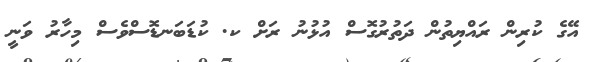
އޭގެ ކުރިން ރައްޔިތުން ދަތުރުގޮސް އުޅުނު ރަށް ކ. ކުޑަބަނޑޮސްވެސް މިހާރު ވަނީ